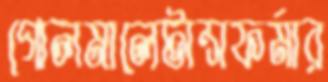
গোলমালেটান্সফর্মার